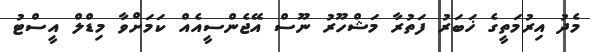
މެދު އިރުމަތީގެ ޚަބަރު ފަތުރާ މަޝްހޫރު ނޫސް އޭޖެންސީއެއް ކަމަށްވާ މިޑްލް އީސްޓު